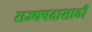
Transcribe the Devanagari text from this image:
राज्यपदासाठी